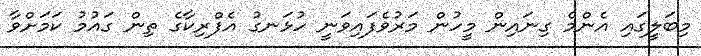
މިބަލީގައި އެންމެ ގިނައިން މީހުން މަރުވެފައިވަނީ ހުޅަނގު އެފްރިކާގެ ތިން ގައުމު ކަމަށްވާ